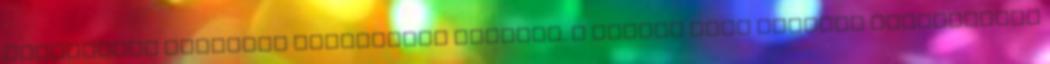
nemességet ugyanúgy sugároznia kellett. A dallam több érdekes variációban